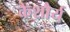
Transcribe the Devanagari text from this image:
कैशौर्य